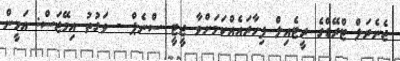
ޖެނެރަލް ޓްރޭޑްގެ ރީޓެއިލް ފިހާރައެއްކަމަށްވާ ޖީޓީ ސްނެޕް - ވަގުތު އިމޭޖަސް: އަމީން